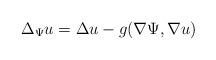
LaTeX: \begin{align*} \Delta_{\Psi} u = \Delta u - g(\nabla \Psi,\nabla u) \end{align*}